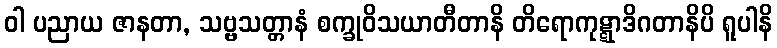
ဝါ ပညာယ ဇာနတာ, သဗ္ဗသတ္တာနံ စက္ခုဝိသယာတီတာနိ တိရောကုဋ္ဋာဒိဂတာနိပိ ရူပါနိ